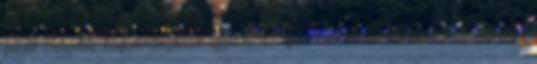
folyik Jelentős hagyományőrző egyesületek: pl. Elek és Méhkerék tánccsoportja